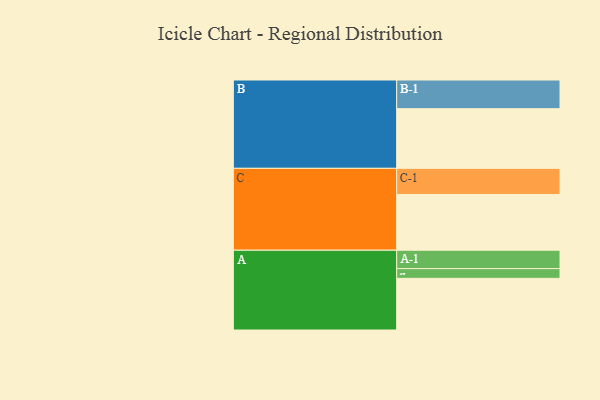
{"axis": {"x": "Segment", "y": "Value"}, "legend": ["", "A", "B", "C"], "data": [{"x": "A", "y": 441, "type": ""}, {"x": "B", "y": 509, "type": ""}, {"x": "C", "y": 476, "type": ""}, {"x": "A-1", "y": 157, "type": "A"}, {"x": "A-2", "y": 83, "type": "A"}, {"x": "B-1", "y": 245, "type": "B"}, {"x": "C-1", "y": 223, "type": "C"}]}